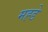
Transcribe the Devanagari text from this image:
मह्डे